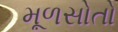
મૂળસોતો